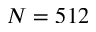
N = 5 1 2